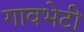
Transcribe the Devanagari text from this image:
गावभेटी